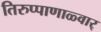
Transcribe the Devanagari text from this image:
तिरुप्पाणाळ्वार्